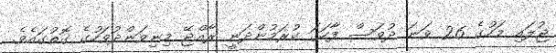
ޖުލައި މަހުގެ 26 ވަނަ ދުވަސް ފާހަގަ ކުރަމުންދަނީ ރާއްޖޭ މިނިވަންދުވަހުގެ ގޮތުގައެވެ.